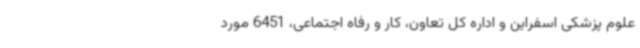
علوم پزشکی اسفراین و اداره کل تعاون، کار و رفاه اجتماعی، 6451 مورد